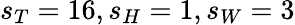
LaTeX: s_{T}=16,s_{H}=1,s_{W}=3